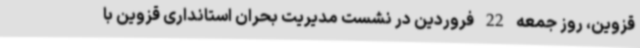
قزوین، روز جمعه 22 فروردین در نشست مدیریت بحران استانداری قزوین با